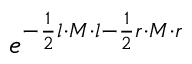
e ^ { - \frac { 1 } { 2 } l \cdot M \cdot l - \frac { 1 } { 2 } r \cdot M \cdot r }